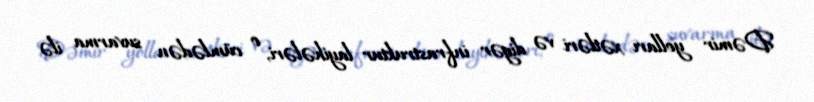
Dəmir yolları xətləri və digər infrastruktur layihələri, o cümlədən suvarma ilə